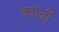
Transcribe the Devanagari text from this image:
कांढी